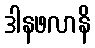
ဒါနဖလာနိ